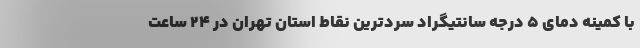
با کمینه دمای ۵ درجه سانتیگراد سردترین نقاط استان تهران در ۲۴ ساعت